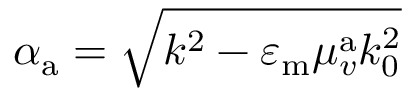
\alpha _ { \mathrm { a } } = \sqrt { k ^ { 2 } - \varepsilon _ { \mathrm { m } } \mu _ { v } ^ { \mathrm { a } } k _ { \mathrm { 0 } } ^ { 2 } }